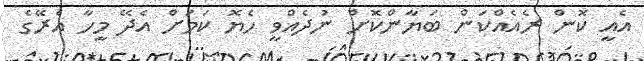
އެއީ ކޮން ރެއެއްކަން ބަޔާންކޮށް ނުދެއްވީ ހެޔޮ ކަމަށް އެދޭ މީހާ އެރޭގެ